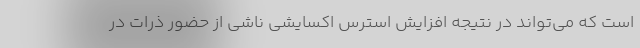
است که می‌تواند در نتیجه افزایش استرس اکسایشی ناشی از حضور ذرات در